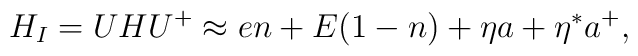
H_{I} = UHU^+ \approx en + E(1 - n) + \eta a + \eta^*a^+,